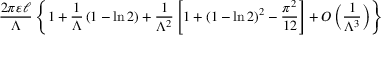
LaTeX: { \frac { 2 \pi \varepsilon \ell } { \Lambda } } \left\{ 1 + { \frac { 1 } { \Lambda } } \left( 1 - \ln 2 \right) + { \frac { 1 } { \Lambda ^ { 2 } } } \left[ 1 + \left( 1 - \ln 2 \right) ^ { 2 } - { \frac { \pi ^ { 2 } } { 1 2 } } \right] + O \left( { \frac { 1 } { \Lambda ^ { 3 } } } \right) \right\}